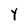
Character: Y